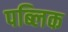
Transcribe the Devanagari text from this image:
पब्‍लिक